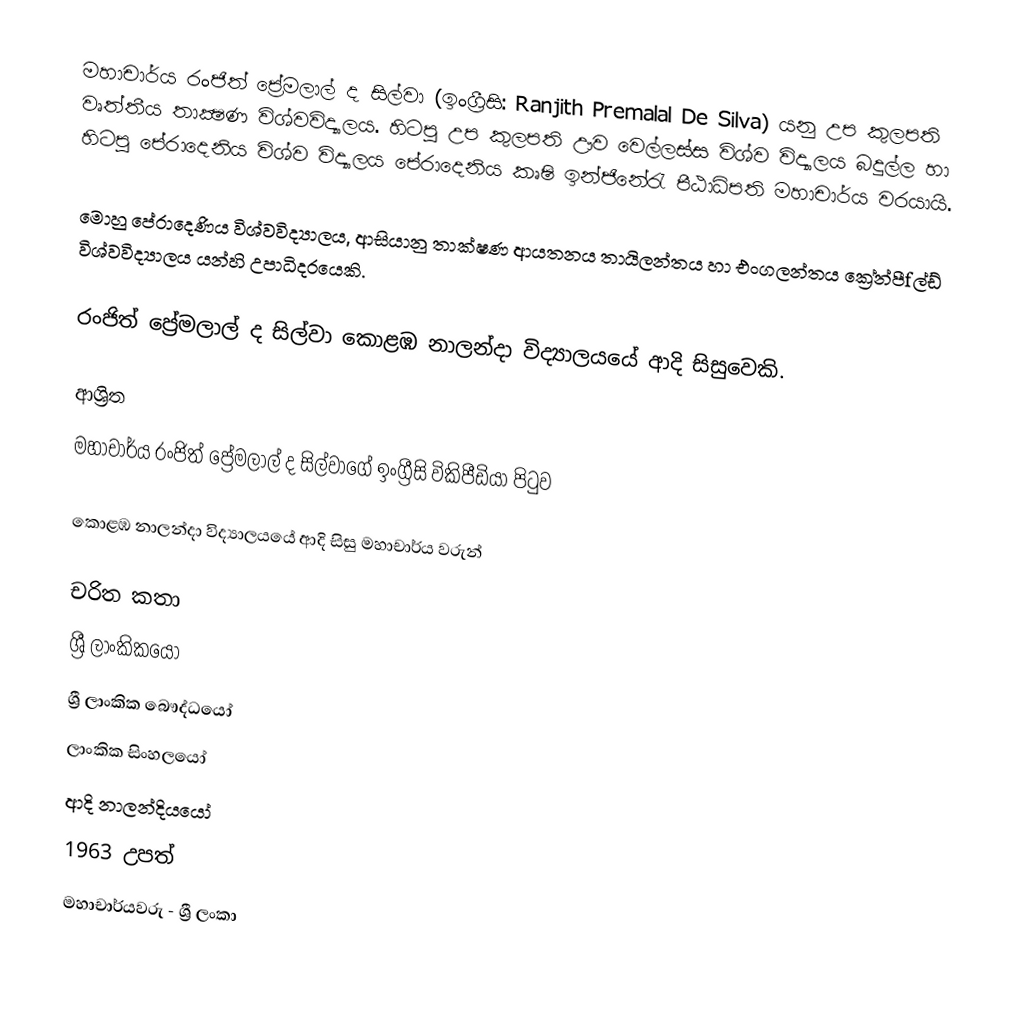
මහාචාර්ය රංජිත් ප්‍රේමලාල් ද සිල්වා   (ඉංග්‍රීසි: Ranjith Premalal De Silva) යනු උප කුලපති වෘත්තීය තාක්‍ෂණ විශ්වවිද්‍යාලය. හිටපු උප කුලපති ඌව වෙල්ලස්ස විශ්ව විද්‍යාලය බදුල්ල හා හිටපු පේරාදෙනිය විශ්ව විද්‍යාලය පේරාදෙනිය කෘෂි ඉන්ජිනේරැ පීඨාධිපති මහාචාර්ය වරයායි.

මොහු පේරාදෙණිය‍ විශ්වවිද්‍යාලය, ආසියානු තාක්ෂණ ආයතනය තායිලන්තය හා එංගලන්තය ක්‍රේන්පීfල්ඩ් විශ්වවිද්‍යාලය යන්හි උපාධිදරයෙකි.

රංජිත් ප්‍රේමලාල් ද සිල්වා  කොළඹ නාලන්දා විද්‍යාලයයේ ආදි සිසුවෙකි.

ආශ්‍රිත
  මහාචාර්ය රංජිත් ප්‍රේමලාල් ද සිල්වාගේ ඉංග්‍රීසි විකිපීඩියා පිටුව

 කොළඹ නාලන්දා විද්‍යාලයයේ ආදි සිසු මහාචාර්ය වරුන්

චරිත කතා
ශ්‍රී ලාංකිකයෝ
ශ්‍රී ලාංකික බෞද්ධයෝ
ලාංකික සිංහලයෝ
ආදි නාලන්දියයෝ
1963 උපත්
මහාචාර්යවරු - ශ්‍රී ලංකා